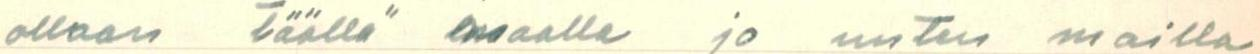
alkaen täällä maalla jo unten mailla